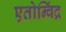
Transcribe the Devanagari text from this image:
एतोन्विंद्र